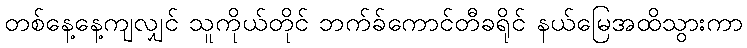
တစ်နေ့နေ့ကျလျှင် သူကိုယ်တိုင် ဘက်ခ်ကောင်တီခရိုင် နယ်မြေအထိသွားကာ